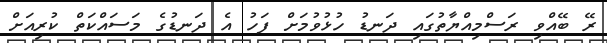
ރޭ ބޭއްވި ރަސްމިއްޔާތުގައި ދަނޑު ހުޅުވުމަށް ފަހު އެ ދަނޑުގެ މަސައްކަތް ކުރިއަށް